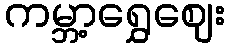
ကမ္ဘာ့ရွှေဈေး